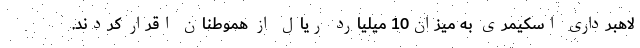
لاهبرداری اسکیمری به میزان10 میلیارد ریال از هموطنان اقرار کردند.